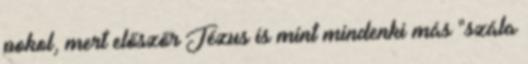
pokol, mert előszőr Jézus is mint mindenki más "szála